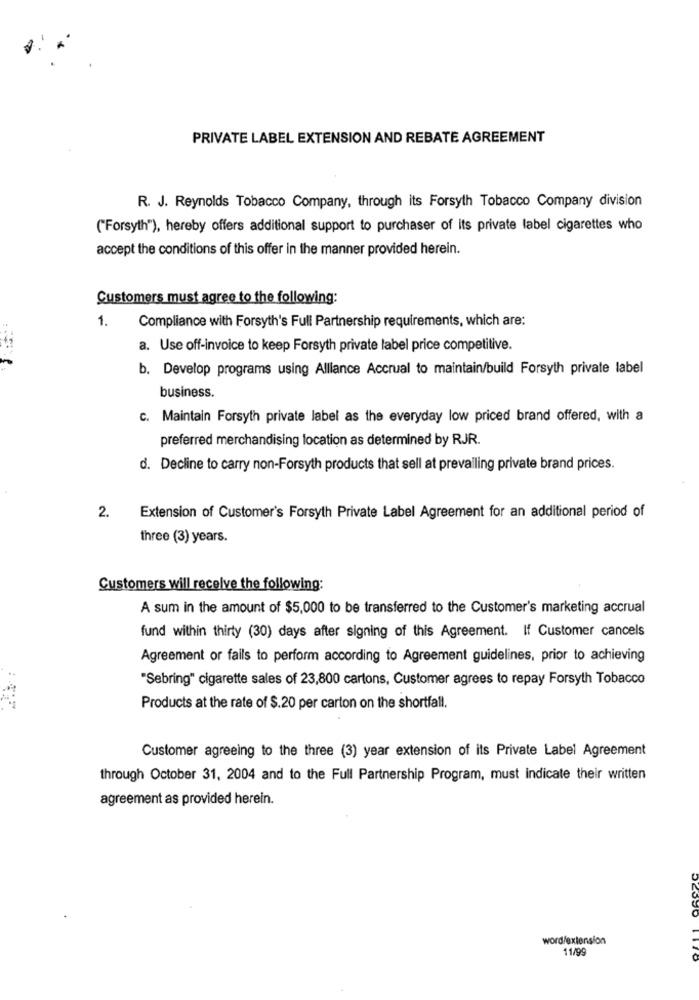
PRIVATE LABEL EXTENSION AND REBATE AGREEMENT
R. J. Reynolds Tobacco Company, through its Forsyth Tobacco Company division
("Forsyth"), hereby offers additional support to purchaser of its private label cigarettes who
accept the conditions of this offer in the manner provided herein.
Customers must agree to the following:
1.
Compliance with Forsyth's Full Partnership requirements, which are:
a. Use off-invoice to keep Forsyth private label price competitive.
b. Develop programs using Alllance Accrual to maintain/build Forsyth private label
business.
c. Maintain Forsyth private label as the everyday low priced brand offered, with a
preferred merchandising location as determined by RJR.
d. Decline to carry non-Forsyth products that sell at prevailing private brand prices.
2.
Extension of Customer's Forsyth Private Label Agreement for an additional period of
three (3) years.
Customers will receive the following:
A sum in the amount of $5,000 to be transferred to the Customer's marketing accrual
fund within thirty (30) days after signing of this Agreement. If Customer cancels
Agreement or fails to perform according to Agreement guidelines, prior to achieving
"Sebring" cigarette sales of 23,800 cartons, Customer agrees to repay Forsyth Tobacco
Products at the rate of $.20 per carton on the shortfall.
Customer agreeing to the three (3) year extension of its Private Label Agreement
through October 31, 2004 and to the Full Partnership Program, must indicate their written
agreement as provided herein.
word/extension
11/99